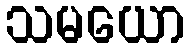
သမယော